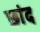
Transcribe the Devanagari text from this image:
छांद